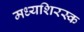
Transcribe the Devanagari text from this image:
मध्यशिरस्क